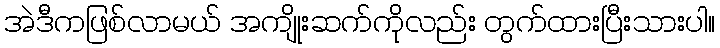
အဲဒီကဖြစ်လာမယ် အကျိုးဆက်ကိုလည်း တွက်ထားပြီးသားပါ။